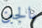
بالجبن